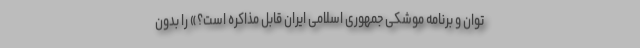
توان و برنامه موشکی جمهوری اسلامی ایران قابل مذاکره است؟» را بدون